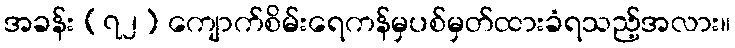
အခန်း (၇၂) ကျောက်စိမ်းရေကန်မှပစ်မှတ်ထားခံရသည့်အလား။